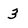
Character: 3